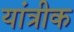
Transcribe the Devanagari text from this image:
यांत्रीक